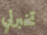
تخبرني